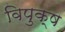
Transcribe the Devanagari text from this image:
विपुक्ष